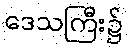
ဒေသကြီး၌